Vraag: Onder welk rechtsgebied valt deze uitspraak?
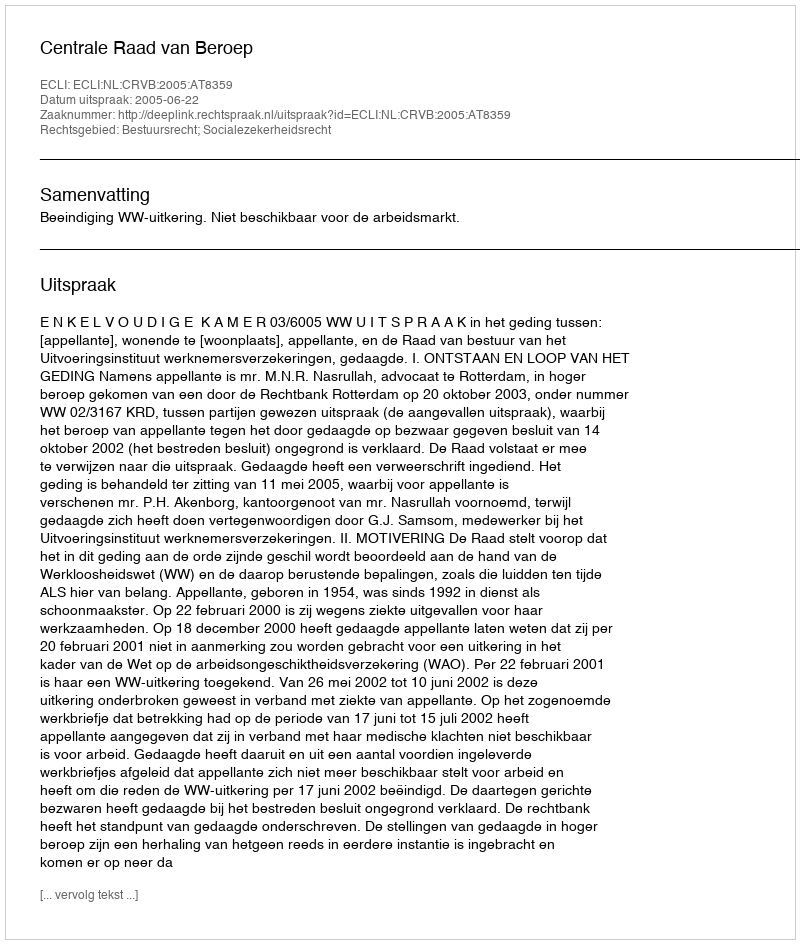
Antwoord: Bestuursrecht; Socialezekerheidsrecht